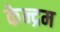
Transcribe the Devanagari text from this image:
केन्द्रम